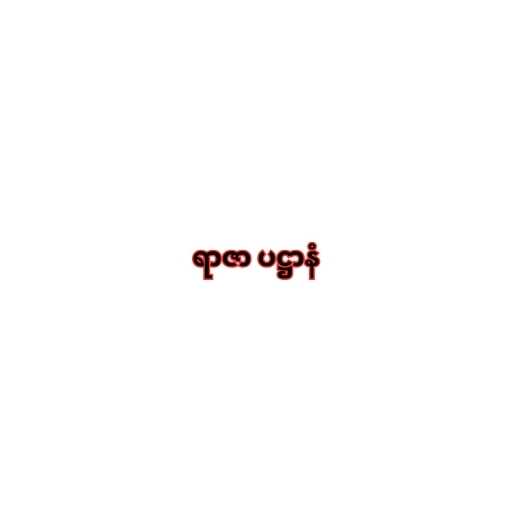
ရာဇာ ပဋ္ဌာနံ